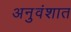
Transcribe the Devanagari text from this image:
अनुवंशात